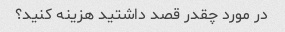
در مورد چقدر قصد داشتید هزینه کنید؟